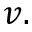
v .